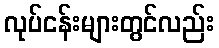
လုပ်ငန်းများတွင်လည်း